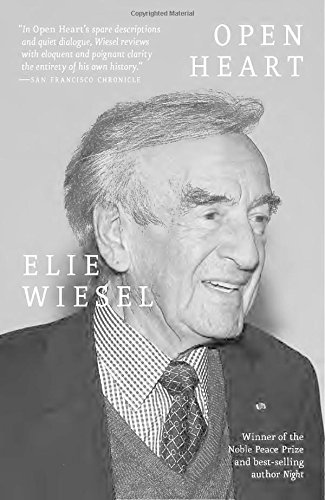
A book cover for Open Heart; Elie Wiesel; Health, Fitness & Dieting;